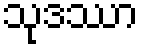
သုဒဿာ